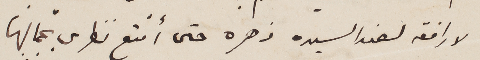
لارافقه لعند السيده زهره حتى أمتع نظري بجمالها